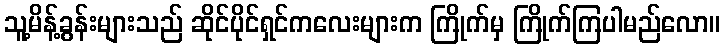
သူ့မိန့်ခွန်းများသည် ဆိုင်ပိုင်ရှင်ကလေးများက ကြိုက်မှ ကြိုက်ကြပါမည်လော။